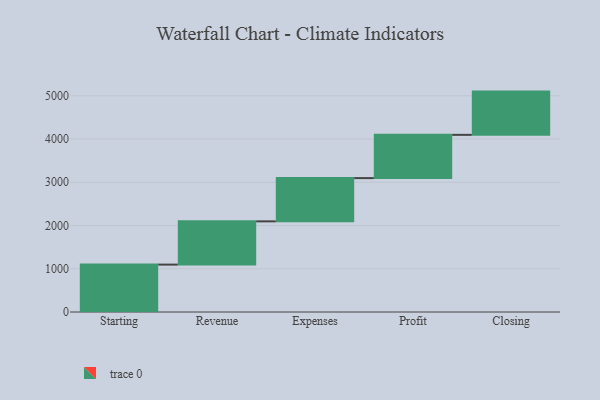
{"axis": {"x": "Step", "y": "Value"}, "legend": [""], "data": [{"x": "Starting", "y": 1096.0, "type": ""}, {"x": "Revenue", "y": 1000, "type": ""}, {"x": "Expenses", "y": 1000, "type": ""}, {"x": "Profit", "y": 1000, "type": ""}, {"x": "Closing", "y": 1000, "type": ""}]}